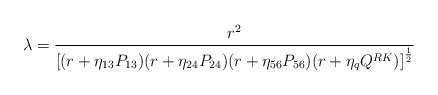
\begin{align*}{ \lambda = { r^2 \over { \left[ ( r + \eta_{13} P_{13} ) ( r + \eta_{24} P_{24} ) ( r + \eta_{56} P_{56} ) ( r + \eta_q Q^{RK} ) \right]^{1 \over 2} }}}\end{align*}